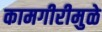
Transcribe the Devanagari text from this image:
कामगीरीमुळे